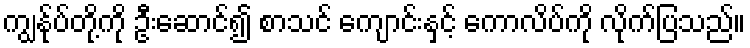
ကျွန်ုပ်တို့ကို ဦးဆောင်၍ စာသင် ကျောင်းနှင့် ကောလိပ်ကို လိုက်ပြသည်။